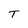
Character: T